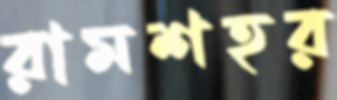
রামশহর